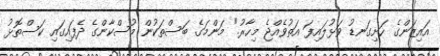
އައިޒަންގެ ހަށިގަނޑު ވަޅުލައިފަ އަތުވެއްޖެ މިހާރު." މަންމަގެ ބަސްތަކުން މުސްކާންގެ ދެފައިގައި ކަސްތޮޅު